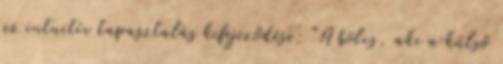
az intuitív tapasztalás kifejeződése: "A bölcs, aki a külső